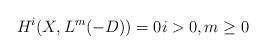
LaTeX: \begin{align*}H^{i}(X, L^{m}(-D)) = 0i>0, m\geq 0\end{align*}